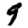
Digit: 9